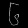
Digit: ၆